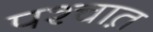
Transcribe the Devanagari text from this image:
पश्चात़